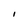
Character: I